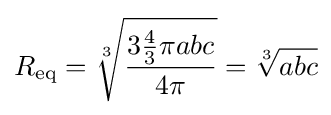
R_{\text{eq}}={\sqrt[{3}]{\frac {3{\frac {4}{3}}\pi abc}{4\pi }}}={\sqrt[{3}]{abc}}